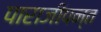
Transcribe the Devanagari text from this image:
पाराजीपन्त